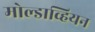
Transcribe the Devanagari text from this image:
मोल्डाव्हियन